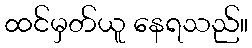
ထင်မှတ်ယူ နေရသည်။